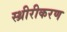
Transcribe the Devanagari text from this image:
स्थ्रीरीकरण